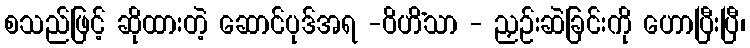
စသည်ဖြင့် ဆိုထားတဲ့ ဆောင်ပုဒ်အရ -ဝိဟိံသာ - ညှဉ်းဆဲခြင်းကို ဟောပြီးပြီ၊